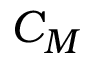
C _ { M }